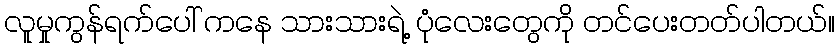
လူမှုကွန်ရက်ပေါ် ကနေ သားသားရဲ့ ပုံလေးတွေကို တင်ပေးတတ်ပါတယ်။